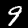
Label: 9